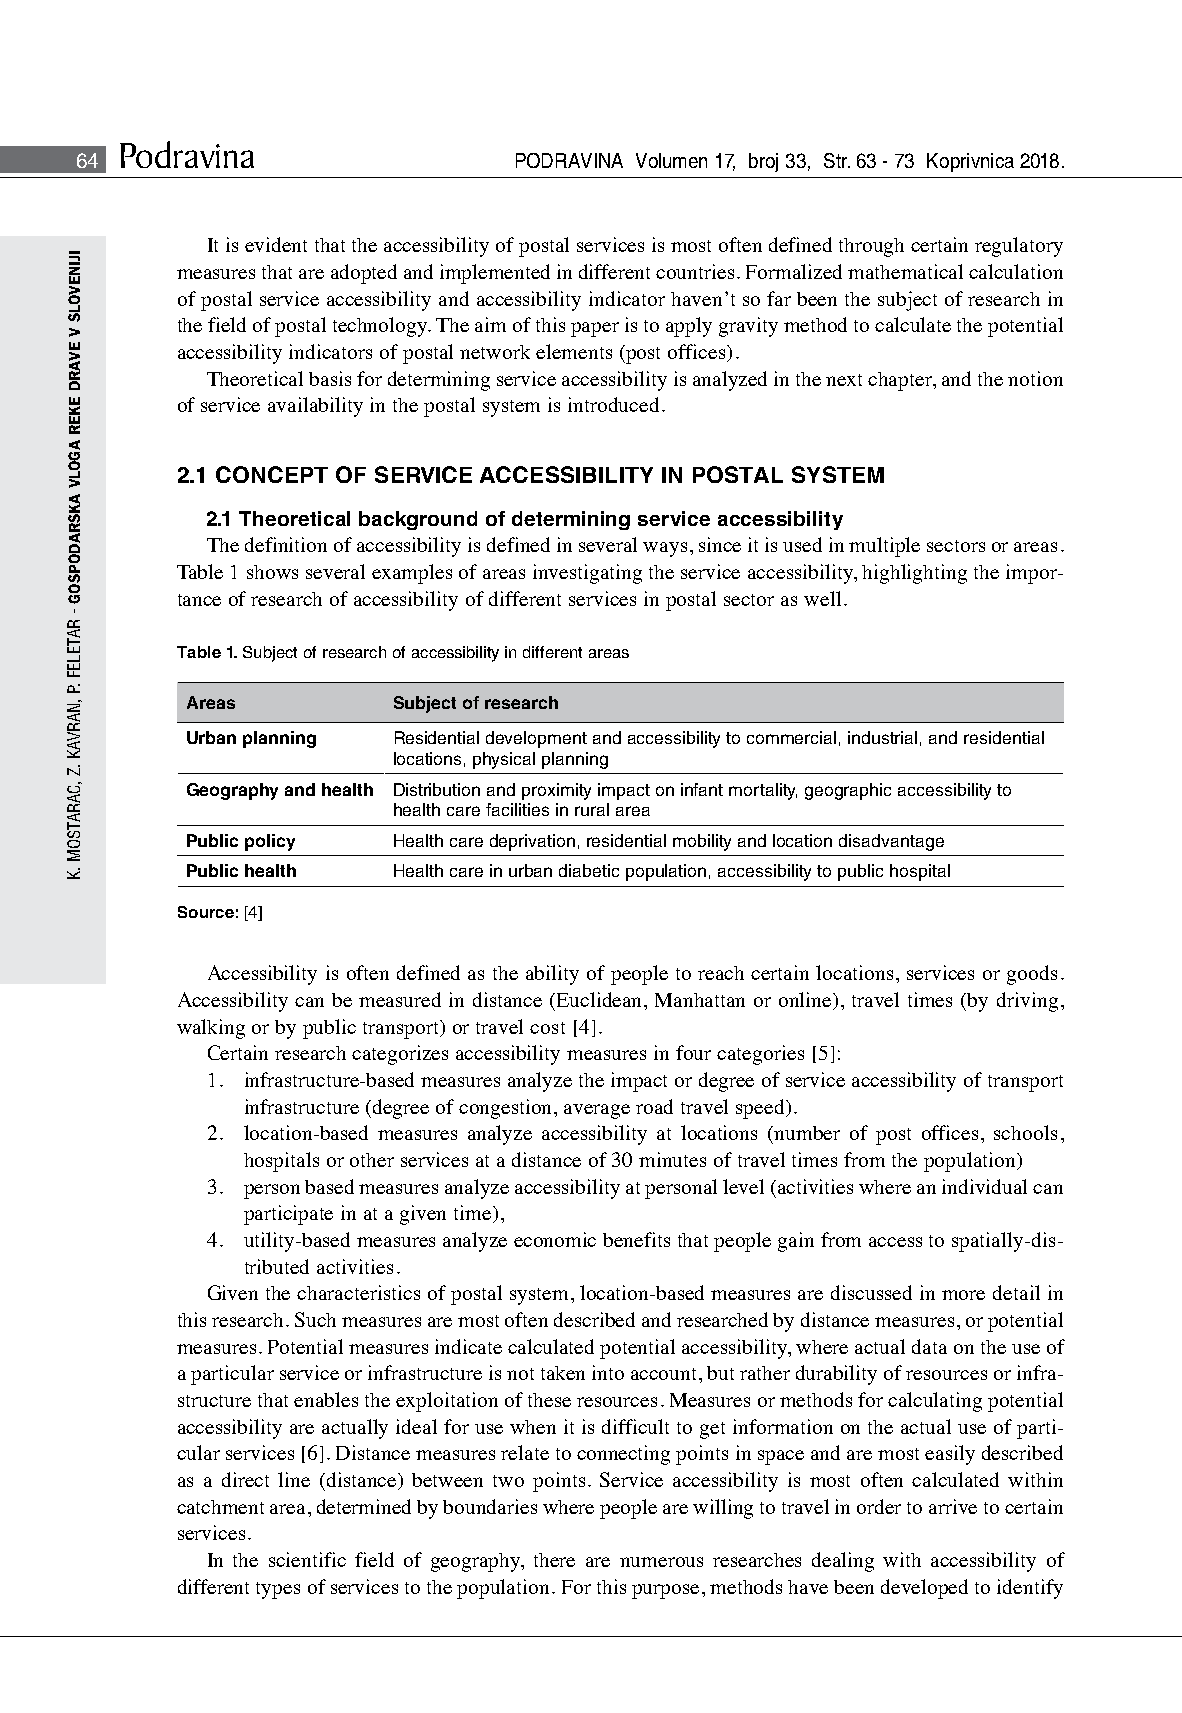
Podravina
 64                           PODRAVINA Volumen 17, broj 33, Str. 63 - 73 Koprivnica 2018.
 It is evident that the accessibility of postal services is most often defined through certain regulatory
 measures that are adopted and implemented in different countries. Formalized mathematical calculation
 of postal service accessibility and accessibility indicator haven’t so far been the subject of research in
 the field of postal technology. The aim of this paper is to apply gravity method to calculate the potential
 accessibility indicators of postal network elements (post offices).
 Theoretical basis for determining service accessibility is analyzed in the next chapter, and the notion
 of service availability in the postal system is introduced.
 2.1 CONCEPT OF SERVICE ACCESSIBILITY IN POSTAL SYSTEM
 2.1 Theoretical background of determining service accessibility
 The definition of accessibility is defined in several ways, since it is used in multiple sectors or areas.
 Table 1 shows several examples of areas investigating the service accessibility, highlighting the impor-
 tance of research of accessibility of different services in postal sector as well.
 Table 1. Subject of research of accessibility in different areas
 Areas         Subject of research
 Urban planning Residential development and accessibility to commercial, industrial, and residential
 locations, physical planning
 Geography and health Distribution and proximity impact on infant mortality, geographic accessibility to
 health care facilities in rural area
 Public policy Health care deprivation, residential mobility and location disadvantage
 Public health Health care in urban diabetic population, accessibility to public hospital
 Source: [4]
 Accessibility is often defined as the ability of people to reach certain locations, services or goods.
 Accessibility can be measured in distance (Euclidean, Manhattan or online), travel times (by driving,
 walking or by public transport) or travel cost [4].
 Certain research categorizes accessibility measures in four categories [5]:
 1. infrastructure-based measures analyze the impact or degree of service accessibility of transport
 infrastructure (degree of congestion, average road travel speed).
 2. location-based measures analyze accessibility at locations (number of post offices, schools,
 hospitals or other services at a distance of 30 minutes of travel times from the population)
 3. person based measures analyze accessibility at personal level (activities where an individual can
 participate in at a given time),
 4. utility-based measures analyze economic benefits that people gain from access to spatially-dis-
 tributed activities.
 Given the characteristics of postal system, location-based measures are discussed in more detail in
 this research. Such measures are most often described and researched by distance measures, or potential
 measures. Potential measures indicate calculated potential accessibility, where actual data on the use of
 a particular service or infrastructure is not taken into account, but rather durability of resources or infra-
 structure that enables the exploitation of these resources. Measures or methods for calculating potential
 accessibility are actually ideal for use when it is difficult to get information on the actual use of parti-
 cular services [6]. Distance measures relate to connecting points in space and are most easily described
 as a direct line (distance) between two points. Service accessibility is most often calculated within
 catchment area, determined by boundaries where people are willing to travel in order to arrive to certain
 services.
 In the scientific field of geography, there are numerous researches dealing with accessibility of
 different types of services to the population. For this purpose, methods have been developed to identify
 IJINEVOLS
 V
 EVARD
 EKER
 AGOLV
 AKSRADOPSOG
 -
 RATELEF
 .P
 ,NARVAK
 .Z
 ,CARATSOM
 .K